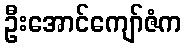
ဦးအောင်ကျော်ဇံက